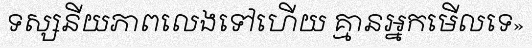
ទស្សនីយភាពលេងទៅហើយ គ្មានអ្នកមើលទេ»